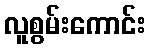
လူစွမ်းကောင်း